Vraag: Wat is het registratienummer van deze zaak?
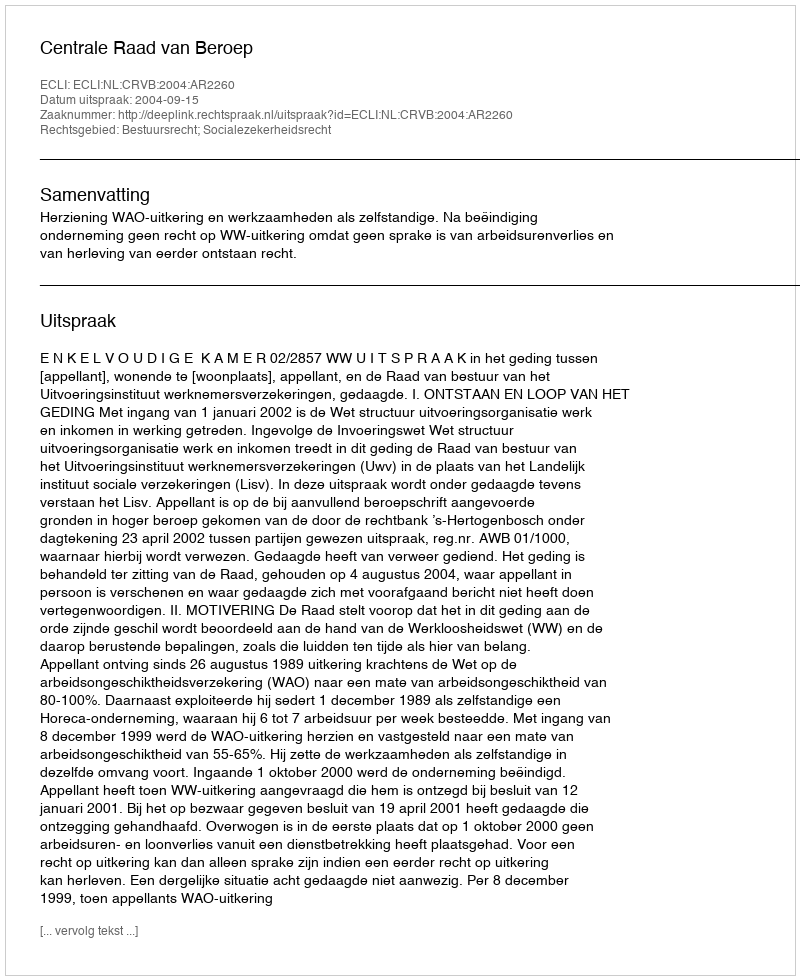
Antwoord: http://deeplink.rechtspraak.nl/uitspraak?id=ECLI:NL:CRVB:2004:AR2260